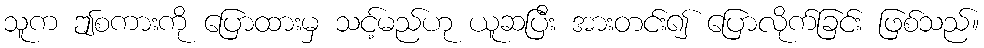
သူက ဤစကားကို ပြောထားမှ သင့်မည်ဟု ယူဆပြီး အားတင်း၍ ပြောလိုက်ခြင်း ဖြစ်သည်။